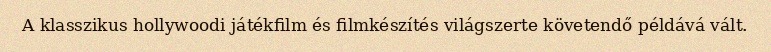
A klasszikus hollywoodi játékfilm és filmkészítés világszerte követendő példává vált.